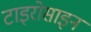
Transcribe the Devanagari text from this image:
टाइरोसाइन